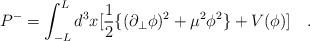
LaTeX: \begin{align*}P^-=\int_{-L}^{L} d^3 x [\frac{1}{2}\{(\partial_{\bot}\phi)^2 +\mu^2 \phi^2\}+V(\phi)]\quad .\end{align*}